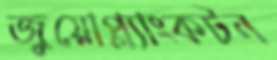
জুয়োপ্ল্যাংকটন